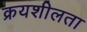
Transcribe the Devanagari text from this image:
क्रयशीलता